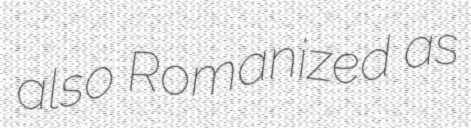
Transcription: also Romanized as